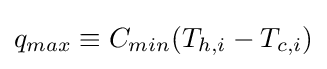
q_{max}\equiv C_{min}(T_{h,i}-T_{c,i})